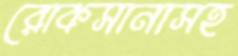
রোকসানাসহ